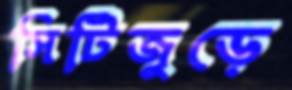
সিটিজুড়ে